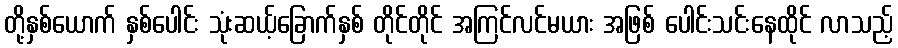
တို့နှစ်ယောက် နှစ်ပေါင်း သုံးဆယ့်ခြောက်နှစ် တိုင်တိုင် အကြင်လင်မယား အဖြစ် ပေါင်းသင်းနေထိုင် လာသည့်